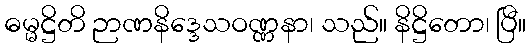
ဓမ္မဋ္ဌိတိ ဉာဏနိဒ္ဒေသဝဏ္ဏနာ၊ သည်။ နိဋ္ဌိတော၊ ပြီ။